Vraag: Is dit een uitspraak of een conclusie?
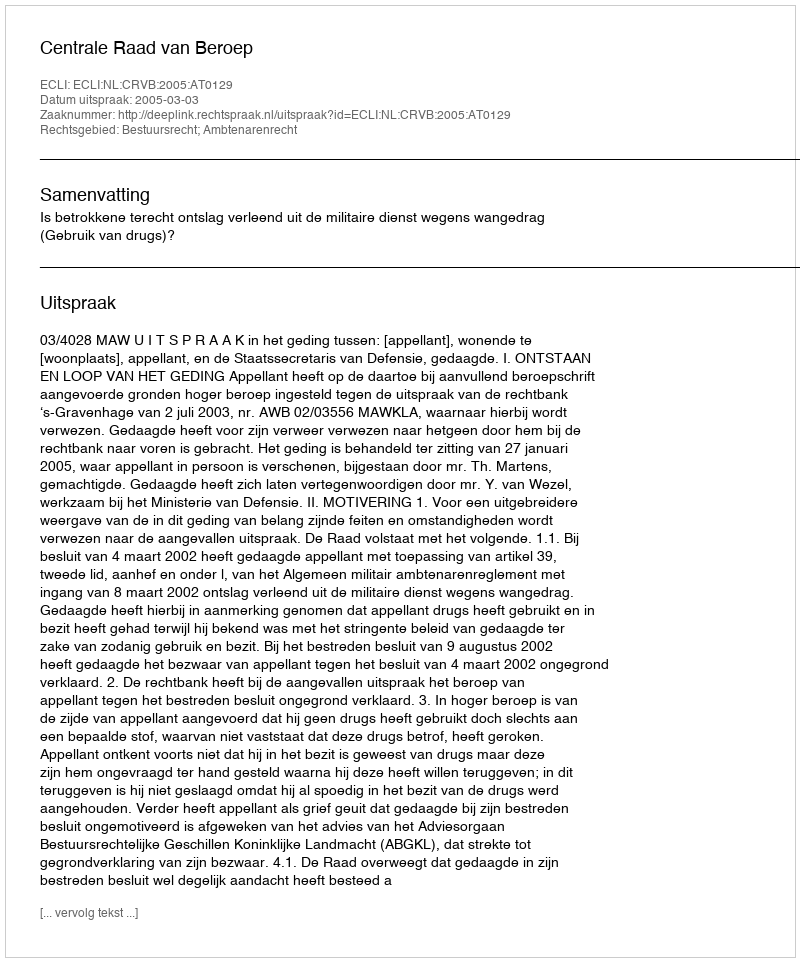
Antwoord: Uitspraak